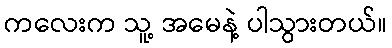
ကလေးက သူ့ အမေနဲ့ ပါသွားတယ်။